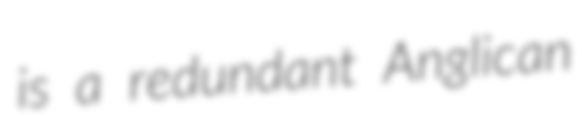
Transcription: is a redundant Anglican